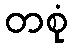
တစုံ